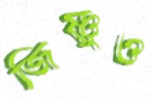
জিষ্ণুও